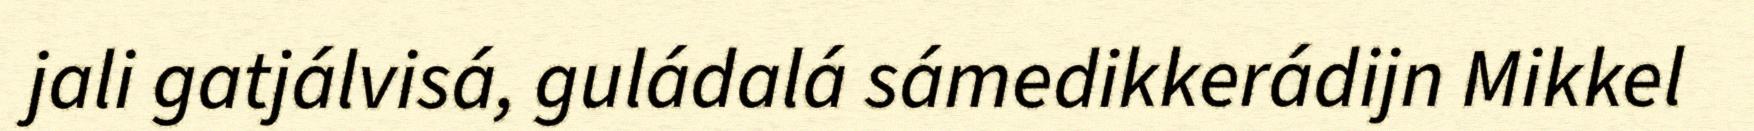
jali gatjálvisá, guládalá sámedikkerádijn Mikkel